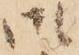
御